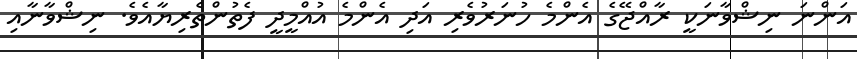
އަންނަ ނިޝްވާނަކީ ރާއްޖޭގެ އެންމެ ހުނަރުވެރި އަދި އެންމެ އުއްމީދީ ފެތުންތެރިޔާއެވެ. ނިޝްވާނާއި